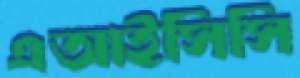
এআইসিসি